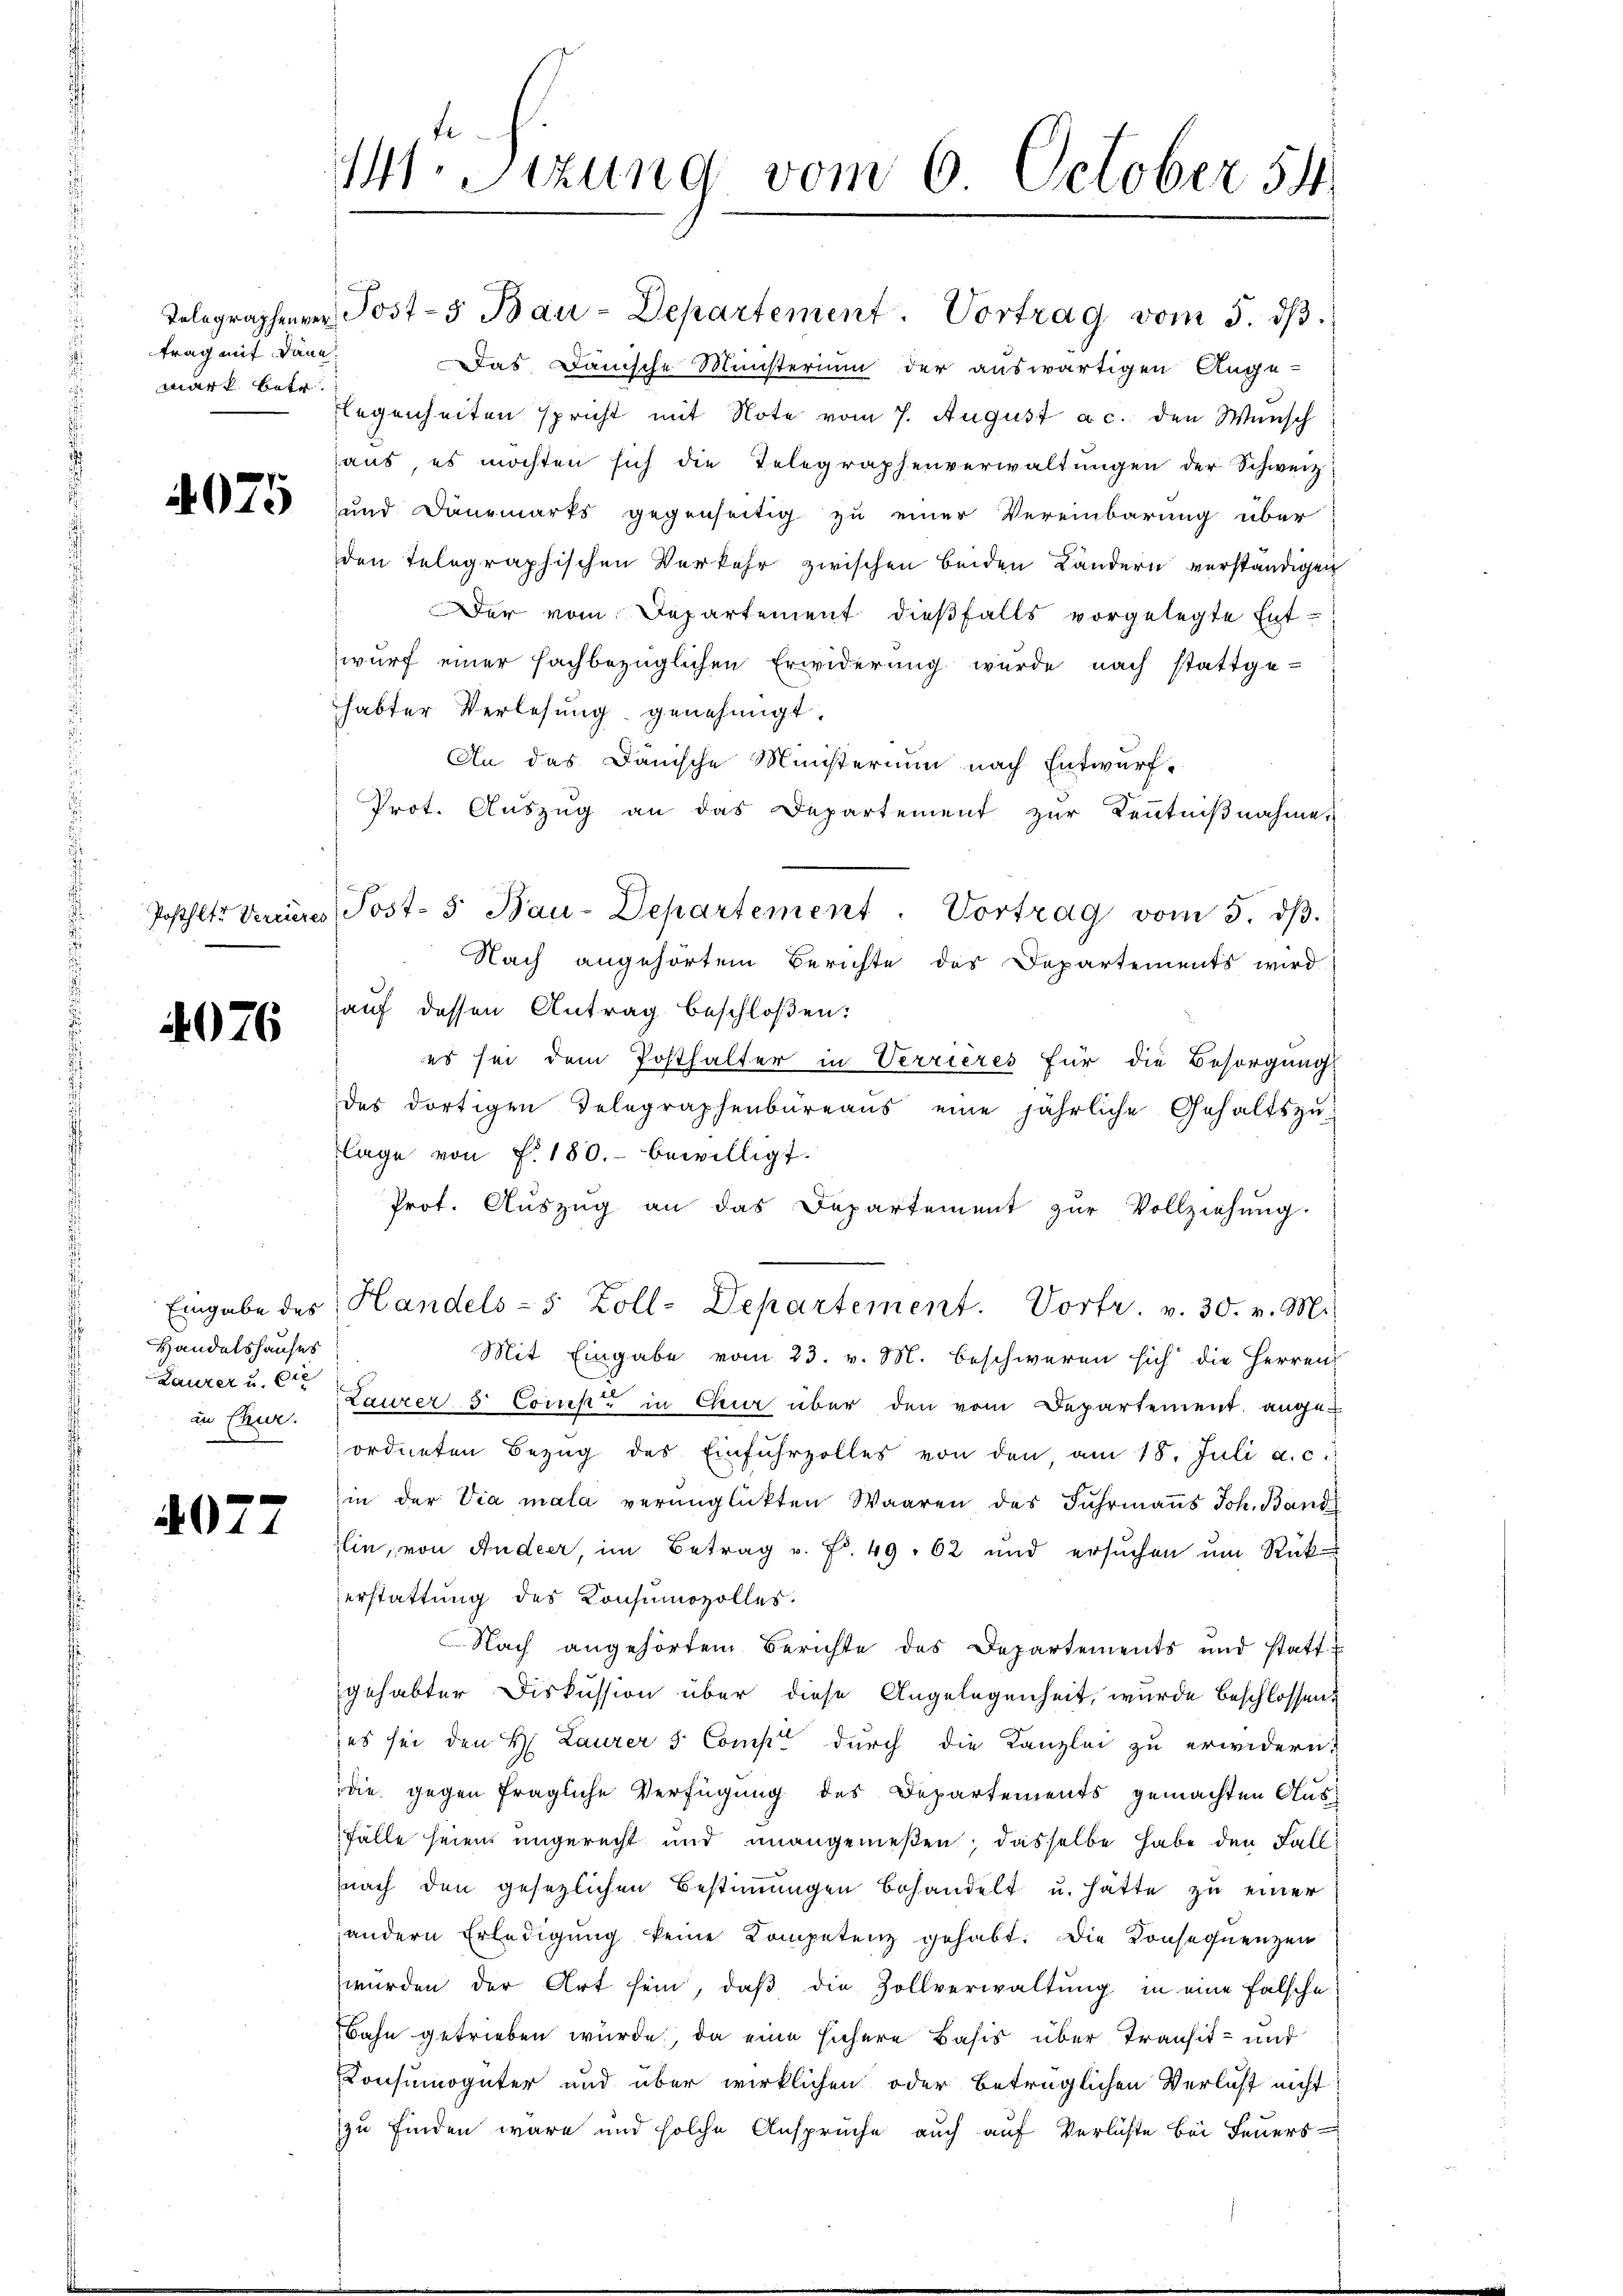
trag mit dann
mark betr

4076

Handelshauses
Laurer u. Die

4077

141. Sezung vom 6. October 54

Das Danische Ministerium der auswärtigen Ange-
legenheiten spricht mit Note vom 7. August a. c. den Wunsch
aus, es möchten sich die Telegraphenverwaltŭngen der Schweiz
42) und Dänemarks gegenseitig zu einer Vereinbarung über
den Telegraphischen Verkehr zwischen beiden Ländern verständigen
Der vom Departement dießfalls vorgelegte Entwurf einer sachbezüglichen Erwiderung wurde nach stattge-
habter Verlesung genehmigt.
An das Dänische Ministerium nach Entwurf,
Prot. Auszug an das Departement zur Kenntnißnahmen
Posthlt. Veneres Post- 5. Bau-Departement. Vortrag vom 5. dβ.
Nach angehörtem Berichte des Departements wird
auf dessen Antrag beschloßen:
es sei dem Posthalter in Verrieres für die Besorgung
des dortigen Delegraphenbüreaus eine jährliche Gehaltszulage von f. 180.- bewilligt.
Prot. Aŭszŭg an das Departement zŭr Vollziehŭng.
Eingabe des Handels- 5 Zoll-Departement. Vortr. v. 30. v. M.
Mit Eingabe vom 23. v. M. beschweren sich die Herren
in Chur. Baurer 5 Const in Chur über den vom Departement ange-
ordneten Bezŭg des Einfuhrzolles von den am 18. Juli a. c.
in der Via mala verünglickten Waaren des Jahrmanns Joh. Band
Elin, von Andeer, im Betrag v. Fr. 49. 62 und ersuchen um Rück-
erstattung des Konsumozolles.
Nach angehörtem Berichte des Departements und statt
gehabter Diskussion über diese Angelegenheit, wurde beschlossen,
es sei den H. Laurer 5 Comp. durch die Kanzlei zu erwidern:
die gegen fragliche Verfügung des Departements gemachten Ausfälle seien ungerecht und unangemeßen; dasselbe habe den Fall:
(nach den gesezlichen Bestimmungen behandelt u. hätte zu einer
andern Erledigung keine Kompetenz gehabt. Die Konsequenzen
würden der Art sein, daβ die Zollverwaltung in eine falsche
Bahn getrieben würde, da eine sichere Basis über Transit- und
Consumogüter und über wirklichen oder betrüglichen Verlust nicht
zu finden wäre und solche Ansprüche auch auf Verluste bei Feuers

Telegraphenner Post-5 Bau-Departement. Vortrag vom 5. dβ.